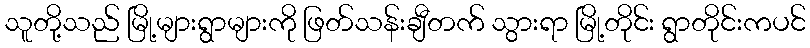
သူတို့သည် မြို့များရွာများကို ဖြတ်သန်းချီတက် သွားရာ မြို့တိုင်း ရွာတိုင်းကပင်